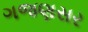
ગજણસર